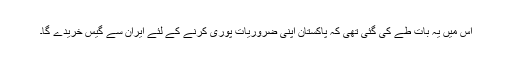
اس میں یہ بات طے کی گئی تھی کہ پاکستان اپنی ضروریات پوری کرنے کے لئے ایران سے گیس خریدے گا۔